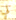
لي